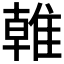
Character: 𨿨